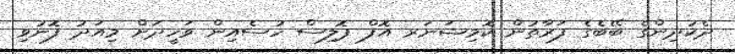
ދެކުދިންގެ ބޭބެގެ ފަރާތުން ކޮމިޝަނަރ އޮފް ޕޮލިސް ހުސެއިން ވަހީދަށް މިއަދު ފޮނުވި